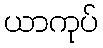
ယာကုပ်